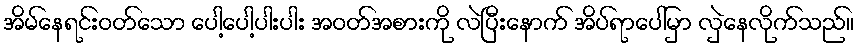
အိမ်နေရင်းဝတ်သော ပေါ့ပေါ့ပါးပါး အဝတ်အစားကို လဲပြီးနောက် အိပ်ရာပေါ်မှာ လှဲနေလိုက်သည်။